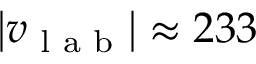
\left| \boldsymbol { v } _ { \textrm { l a b } } \right| \approx 2 3 3